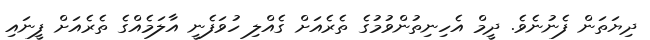
ދިޔަތަން ފެނުނެވެ. ދީމް އެހިނިތުންވުމުގެ ތެރެއަށް ގެއްލި ހުވަފެނީ އާލަމެއްގެ ތެރެއަށް ފީނައި